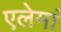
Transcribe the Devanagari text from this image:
एलेमां